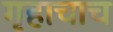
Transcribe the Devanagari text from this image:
गृहाचाच